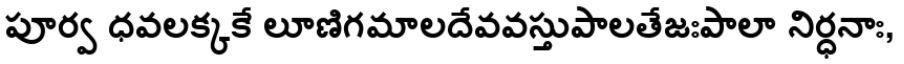
పూర్వ ధవలక్కకే లూణిగమాలదేవవస్తుపాలతేజఃపాలా నిర్ధనాః,